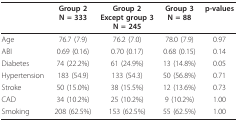
|  | Group 2N = 333 | Group 2Except group 3N = 245 | Group 3N = 88 | p-values |
 | --- | --- | --- | --- | --- |
 | Age | 76.7 (7.9) | 76.2 (7.0) | 78.0 (7.9) | 0.97 |
 | ABI | 0.69 (0.16) | 0.70 (0.17) | 0.68 (0.15) | 0.14 |
 | Diabetes | 74 (22.2%) | 61 (24.9%) | 13 (14.8%) | 0.05 |
 | Hypertension | 183 (54.9) | 133 (54.3) | 50 (56.8%) | 0.71 |
 | Stroke | 50 (15.0%) | 38 (15.5%) | 12 (13.6%) | 0.73 |
 | CAD | 34 (10.2%) | 25 (10.2%) | 9 (10.2%) | 1.00 |
 | Smoking | 208 (62.5%) | 153 (62.5%) | 55 (62.5%) | 1.00 |